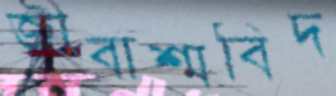
জীবাশ্মবিদ